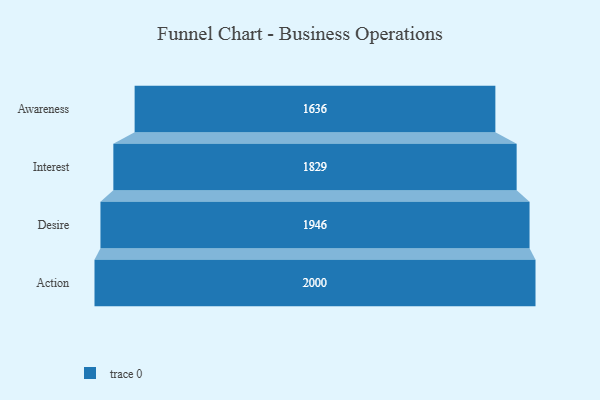
{"axis": {"x": "Stage", "y": "Value"}, "legend": [""], "data": [{"x": "Awareness", "y": 1636.0, "type": ""}, {"x": "Interest", "y": 1829.0, "type": ""}, {"x": "Desire", "y": 1946.0, "type": ""}, {"x": "Action", "y": 2000, "type": ""}]}